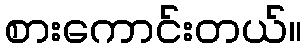
စားကောင်းတယ်။